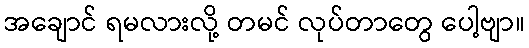
အချောင် ရမလားလို့ တမင် လုပ်တာတွေ ပေါ့ဗျာ။